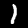
Label: 1